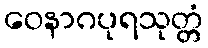
ဝေနာဂပုရသုတ္တံ